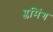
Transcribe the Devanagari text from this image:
प्लमिंग